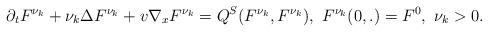
LaTeX: \begin{align*}\partial_t F^{\nu_k}+\nu_k\Delta F^{\nu_k}+v\nabla_xF^{\nu_k}=Q^S(F^{\nu_k},F^{\nu_k}),~ F^{\nu_k}(0,.)=F^0,~ \nu_k >0.\end{align*}